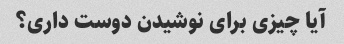
آیا چیزی برای نوشیدن دوست داری؟